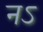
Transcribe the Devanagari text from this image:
नऽ